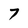
Character: 7